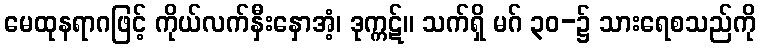
မေထုနရာဂဖြင့် ကိုယ်လက်နှီးနှောအံ့၊ ဒုက္ကဋ်။ သက်ရှိ မဂ် ၃၀-၌ သားရေစသည်ကို